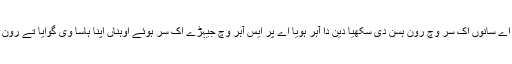
لگدا اے سانوں اک سُر وچ رون ہسن دی سکھیا دین دا آہر ہویا اے پر ایس آہر وچ جیہڑے اک سُر ہوئے اوہناں اپنا ہاسا وی گوایا تے رون وی۔